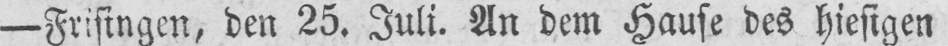
- Frisingen, den 25. Juli. An dem Hause des hiesigen